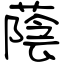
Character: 蔭